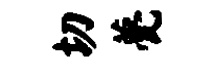
切甍